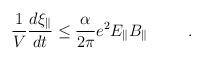
LaTeX: \begin{align*}\frac{1}{V}\frac{d\xi_\parallel}{dt} \leq \frac{\alpha}{2\pi}e^{2}E_{\parallel}B_{\parallel}\hspace{.4in}.\end{align*}